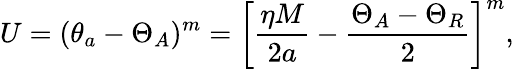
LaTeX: U=(\theta_{a}-\Theta_{A})^{m}=\left[\frac{\eta M}{2a}-\frac{\Theta_{A}-\Theta_{R}}{2}\right]^{m},